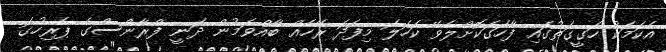
އެކަމަކު ހަގީގަތުގައި ފާހަގަކޮށްލެވޭ ކަހަލަ މިފަދަ ރޭހެއް ބާއްވަމުން ދަނީ ފްރާންސްގެ ޕެރިހުގަ